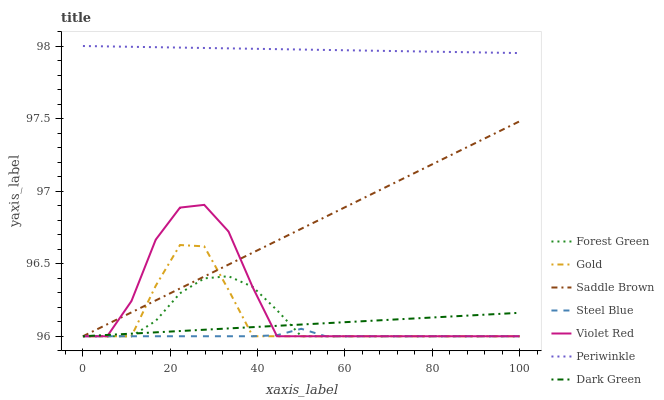
| xaxis_label | Forest Green | Gold | Saddle Brown | Steel Blue | Violet Red | Periwinkle | Dark Green |
 | --- | --- | --- | --- | --- | --- | --- | --- |
 | 0 | 96 | 96 | 96 | 96 | 96 | 98 | 96 |
 | 5.56 | 96 | 96 | 96.1 | 96 | 96 | 98 | 96 |
 | 11.1 | 96 | 96 | 96.2 | 96 | 96.2 | 98 | 96 |
 | 16.7 | 96.1 | 96.3 | 96.2 | 96 | 96.7 | 98 | 96 |
 | 22.2 | 96.3 | 96.6 | 96.3 | 96 | 96.9 | 98 | 96 |
 | 27.8 | 96.4 | 96.6 | 96.4 | 96 | 96.9 | 98 | 96 |
 | 33.3 | 96.4 | 96.3 | 96.5 | 96 | 96.7 | 98 | 96.1 |
 | 38.9 | 96.3 | 96 | 96.6 | 96 | 96.3 | 98 | 96.1 |
 | 44.4 | 96.2 | 96 | 96.7 | 96 | 96 | 98 | 96.1 |
 | 50 | 96 | 96 | 96.7 | 96.1 | 96 | 98 | 96.1 |
 | 55.6 | 96 | 96 | 96.8 | 96 | 96 | 98 | 96.1 |
 | 61.1 | 96 | 96 | 96.9 | 96 | 96 | 98 | 96.1 |
 | 66.7 | 96 | 96 | 97 | 96 | 96 | 98 | 96.1 |
 | 72.2 | 96 | 96 | 97.1 | 96 | 96 | 98 | 96.1 |
 | 77.8 | 96 | 96 | 97.2 | 96 | 96 | 98 | 96.1 |
 | 83.3 | 96 | 96 | 97.2 | 96 | 96 | 98 | 96.1 |
 | 88.9 | 96 | 96 | 97.3 | 96 | 96 | 98 | 96.1 |
 | 94.4 | 96 | 96 | 97.4 | 96 | 96 | 98 | 96.2 |
 | 100 | 96 | 96 | 97.5 | 96 | 96 | 98 | 96.2 |